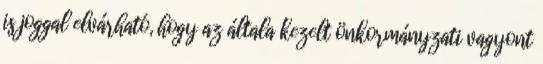
is joggal elvárható, hogy az általa kezelt önkormányzati vagyont